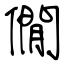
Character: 僩